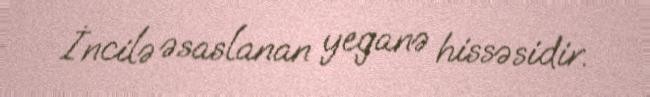
İncilə əsaslanan yeganə hissəsidir.